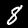
Label: 8